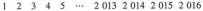
1 2 3 4 5 … 2 013 2 014 2 015 2 016